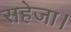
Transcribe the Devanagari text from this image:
सहेजा।